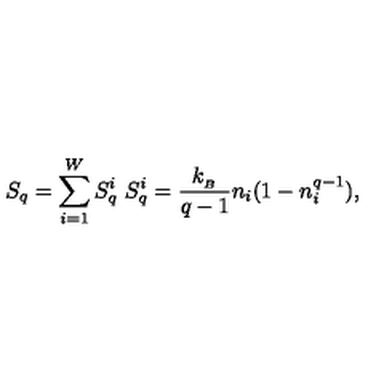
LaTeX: S _ { q } = \sum _ { i = 1 } ^ { W } S _ { q } ^ { i } \ S _ { q } ^ { i } = \frac { k _ { _ B } } { q - 1 } n _ { i } ( 1 - n _ { i } ^ { q - 1 } ) ,